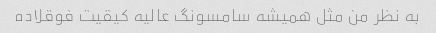
به نظر من مثل همیشه سامسونگ عالیه کیقیت فوقلاده